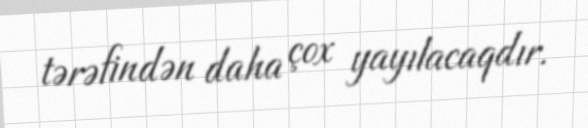
tərəfindən daha çox yayılacaqdır.